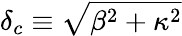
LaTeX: \delta_{c}\equiv\sqrt{\beta^{2}+\kappa^{2}}